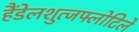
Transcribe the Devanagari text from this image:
हैंडेलशुत्जफ्लोटिले